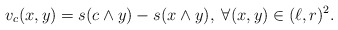
\begin{align*}v_c(x,y)=s(c\wedge y)-s(x\wedge y),\; \forall (x,y)\in (\ell,r)^2.\end{align*}